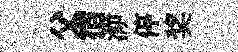
父宿㴑停奖